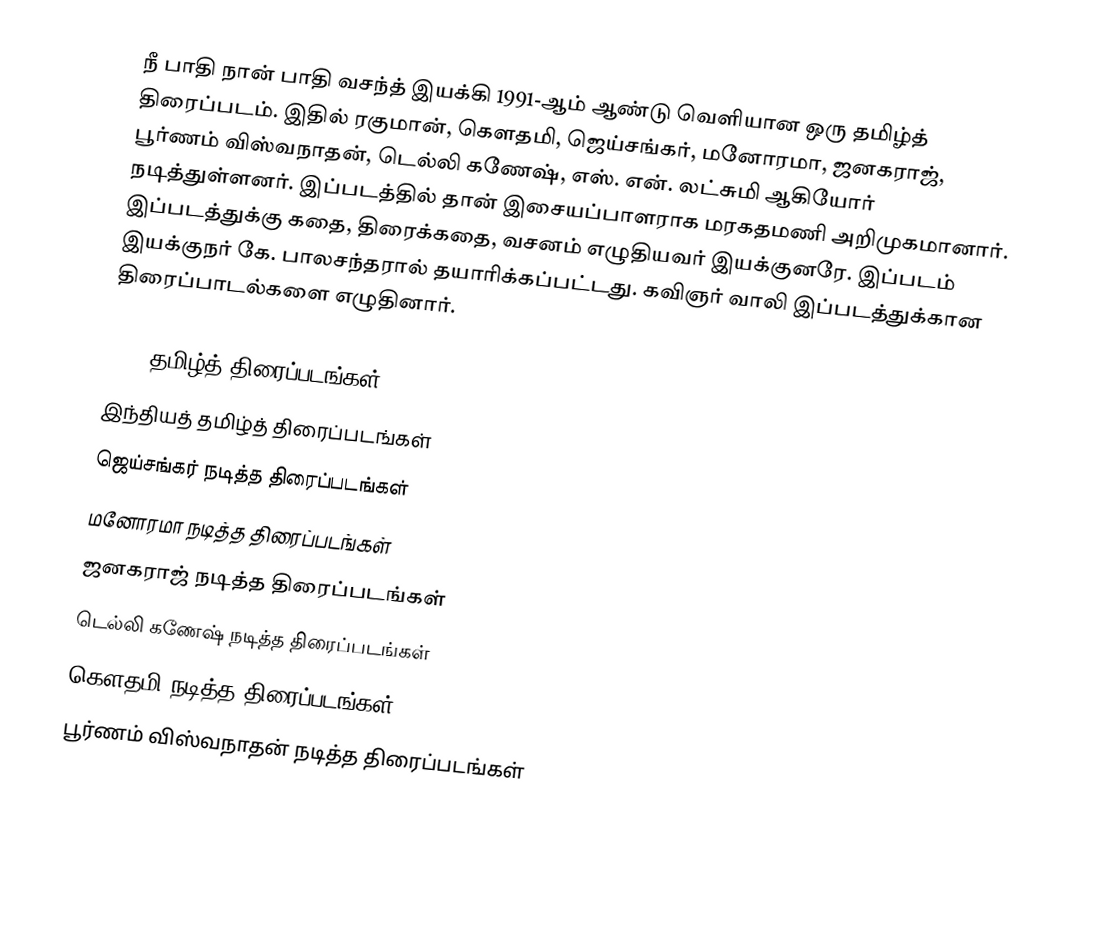
நீ பாதி நான் பாதி வசந்த் இயக்கி 1991-ஆம் ஆண்டு வெளியான ஒரு தமிழ்த் திரைப்படம். இதில் ரகுமான், கெளதமி, ஜெய்சங்கர், மனோரமா, ஜனகராஜ், பூர்ணம் விஸ்வநாதன், டெல்லி கணேஷ், எஸ். என். லட்சுமி ஆகியோர் நடித்துள்ளனர். இப்படத்தில் தான் இசையப்பாளராக மரகதமணி அறிமுகமானார். இப்படத்துக்கு கதை, திரைக்கதை, வசனம் எழுதியவர் இயக்குனரே. இப்படம் இயக்குநர் கே. பாலசந்தரால் தயாரிக்கப்பட்டது. கவிஞர் வாலி இப்படத்துக்கான திரைப்பாடல்களை எழுதினார்.

1991 தமிழ்த் திரைப்படங்கள்
இந்தியத் தமிழ்த் திரைப்படங்கள்
ஜெய்சங்கர் நடித்த திரைப்படங்கள்
மனோரமா நடித்த திரைப்படங்கள்
ஜனகராஜ் நடித்த திரைப்படங்கள்
டெல்லி கணேஷ் நடித்த திரைப்படங்கள்
கௌதமி நடித்த திரைப்படங்கள்
பூர்ணம் விஸ்வநாதன் நடித்த திரைப்படங்கள்